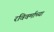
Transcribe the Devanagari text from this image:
रविवर्माच्या